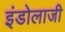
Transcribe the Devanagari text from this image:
इंडोलाजी